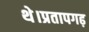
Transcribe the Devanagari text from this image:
थे।प्रतापगढ़